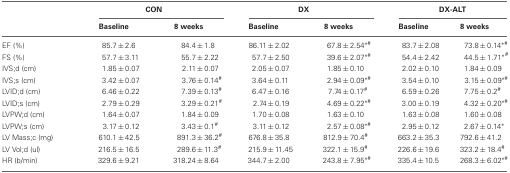
<table><thead><tr><td></td><td colspan="2"><b>CON</b></td><td colspan="2"><b>DX</b></td><td colspan="2"><b>DX-ALT</b></td></tr><tr><td></td><td><b>Baseline</b></td><td><b>8 weeks</b></td><td><b>Baseline</b></td><td><b>8 weeks</b></td><td><b>Baseline</b></td><td><b>8 weeks</b></td></tr></thead><tbody><tr><td>EF (%)</td><td>85.7 ± 2.6</td><td>84.4 ± 1.8</td><td>86.11 ± 2.02</td><td>67.8 ± 2.54<sup>*</sup><sup>#</sup></td><td>83.7 ± 2.08</td><td>73.8 ± 0.14<sup>*</sup><sup>#</sup></td></tr><tr><td>FS (%)</td><td>57.7 ± 3.11</td><td>55.7 ± 2.22</td><td>57.7 ± 2.50</td><td>39.6 ± 2.07<sup>*</sup><sup>#</sup></td><td>54.4 ± 2.42</td><td>44.5 ± 1.71<sup>*</sup><sup>#</sup></td></tr><tr><td>IVS;d (cm)</td><td>1.85 ± 0.07</td><td>2.11 ± 0.07</td><td>2.05 ± 0.07</td><td>1.85 ± 0.10</td><td>2.02 ± 0.10</td><td>1.84 ± 0.09</td></tr><tr><td>IVS;s (cm)</td><td>3.42 ± 0.07</td><td>3.76 ± 0.14<sup>#</sup></td><td>3.64 ± 0.11</td><td>2.94 ± 0.09<sup>*</sup><sup>#</sup></td><td>3.54 ± 0.10</td><td>3.15 ± 0.09<sup>*</sup><sup>#</sup></td></tr><tr><td>LVID;d (cm)</td><td>6.46 ± 0.22</td><td>7.39 ± 0.13<sup>#</sup></td><td>6.47 ± 0.16</td><td>7.74 ± 0.17<sup>#</sup></td><td>6.59 ± 0.26</td><td>7.75 ± 0.2 <sup>#</sup></td></tr><tr><td>LVID;s (cm)</td><td>2.79 ± 0.29</td><td>3.29 ± 0.21<sup>#</sup></td><td>2.74 ± 0.19</td><td>4.69 ± 0.22<sup>*</sup><sup>#</sup></td><td>3.00 ± 0.19</td><td>4.32 ± 0.20<sup>*</sup><sup>#</sup></td></tr><tr><td>LVPW;d (cm)</td><td>1.64 ± 0.07</td><td>1.84 ± 0.09</td><td>1.70 ± 0.08</td><td>1.63 ± 0.10</td><td>1.63 ± 0.08</td><td>1.60 ± 0.08</td></tr><tr><td>LVPW;s (cm)</td><td>3.17 ± 0.12</td><td>3.43 ± 0.1<sup>#</sup></td><td>3.11 ± 0.12</td><td>2.57 ± 0.08<sup>*</sup><sup>#</sup></td><td>2.95 ± 0.12</td><td>2.67 ± 0.14<sup>*</sup></td></tr><tr><td>LV Mass;c (mg)</td><td>610.1 ± 42.5</td><td>891.3 ± 36.2<sup>#</sup></td><td>676.8 ± 35.8</td><td>812.9 ± 70.4<sup>#</sup></td><td>663.2 ± 35.3</td><td>792.6 ± 41.2</td></tr><tr><td>LV Vol;d (ul)</td><td>216.5 ± 16.5</td><td>289.6 ± 11.3<sup>#</sup></td><td>215.9 ± 11.45</td><td>322.1 ± 15.9<sup>#</sup></td><td>226.6 ± 19.6</td><td>323.2 ± 18.4<sup>#</sup></td></tr><tr><td>HR (b/min)</td><td>329.6 ± 9.21</td><td>318.24 ± 8.64</td><td>344.7 ± 2.00</td><td>243.8 ± 7.95<sup>*</sup><sup>#</sup></td><td>335.4 ± 10.5</td><td>268.3 ± 6.02<sup>*</sup><sup>#</sup></td></tr></tbody></table>